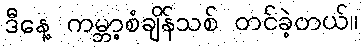
ဒီနေ့ ကမ္ဘာ့စံချိန်သစ် တင်ခဲ့တယ်။